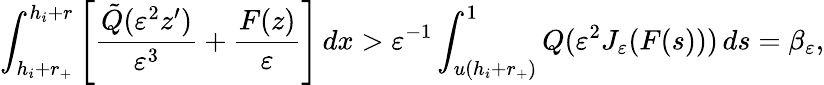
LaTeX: \int_{h_{i}+r_{+}}^{h_{i}+r}\left[\frac{\tilde{Q}(\varepsilon^{2}z^{\prime})}{\varepsilon^{3}}+\frac{F(z)}{\varepsilon}\right]\, dx>\varepsilon^{-1}\int_{u(h_{i}+r_{+})}^{1}Q(\varepsilon^{2}J_{\varepsilon}(F(s)))\, ds=\beta_{\varepsilon},